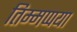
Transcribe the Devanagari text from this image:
तिम्मप्पया